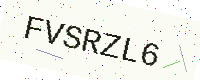
Text: FVSRZL6